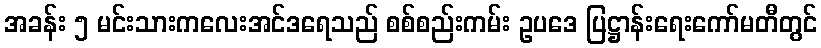
အခန်း ၅ မင်းသားကလေးအင်ဒရေသည် စစ်စည်းကမ်း ဥပဒေ ပြဋ္ဌာန်းရေးကော်မတီတွင်